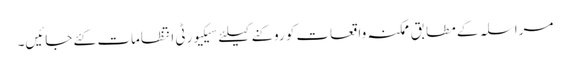
مراسلہ کے مطابق ممکنہ واقعات کو روکنے کیلئے سیکیورٹی انتظامات کئے جائیں۔